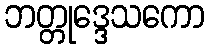
ဘတ္တုဒ္ဒေသကော